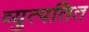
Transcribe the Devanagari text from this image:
व्युत्पतित